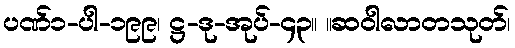
ပဏ်၁-ပါ-၁၉၉၊ ဋ္ဌ-ဒု-အုပ်-၄၃။ ။ဆဝါလာတသုတ်၊